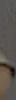
.